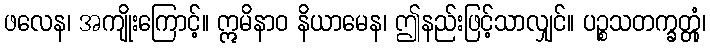
ဖလေန၊ အကျိုးကြောင့်။ ဣမိနာဝ နိယာမေန၊ ဤနည်းဖြင့်သာလျှင်။ ပဉ္စသတက္ခတ္တုံ၊